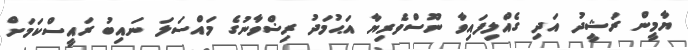
ޔާމީން ރަޝީދު އަދި ގެއްލިފައިވާ ނޫސްވެރިޔާ އަޙުމަދު ރިޟްވާނުގެ މައްސަލަ ނައިބު ރައީސްކަމަށް